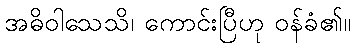
အဓိဝါသေသိ၊ ကောင်းပြီဟု ဝန်ခံ၏။